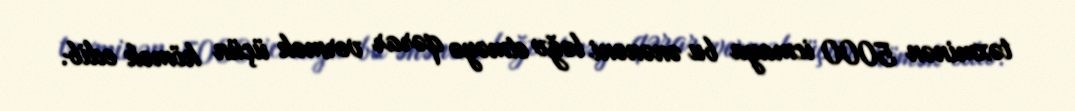
təxminən 5000 icmaya bu ənənəni ləğv etməyə qərar vermək üçün kömək edib.